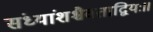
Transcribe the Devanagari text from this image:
संध्यांशश्चैवताद्वियः॥